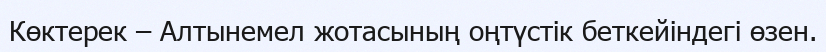
Көктерек – Алтынемел жотасының оңтүстік беткейіндегі өзен.